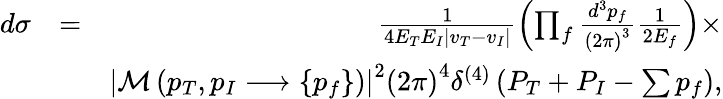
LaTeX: \begin{array}{rlr}{d\sigma}&{=}&{\frac{1}{4E_{T}E_{I}\left\vert v_{T}-v_{I}\right\vert}\left(\prod_{f}\frac{d^{3}p_{f}}{\left(2\pi\right)^{3}}\frac{1}{2E_{f}}\right)\times}\\ &{}&{\left\vert\mathcal{M}\left(p_{T},p_{I}\longrightarrow\left\{ p_{f}\right\} \right)\right\vert^{2}\left(2\pi\right)^{4}\delta^{\left(4\right)}\left(P_{T}+P_{I}-\sum p_{f}\right),}\end{array}